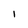
Character: I